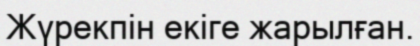
Жүрекпін екіге жарылған.